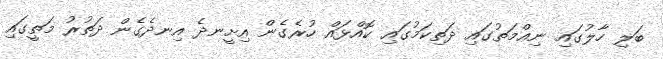
ބަލި ހާލުގައި ނިޢްމަތުގައި ދަތިކަމުގައި ކޮއްޅައް ހުރެގެން އިށީނދެ އިނދެގެން ދަތުރު މަތީގައި